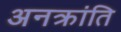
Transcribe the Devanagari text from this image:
अनक्रांति